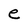
Character: e